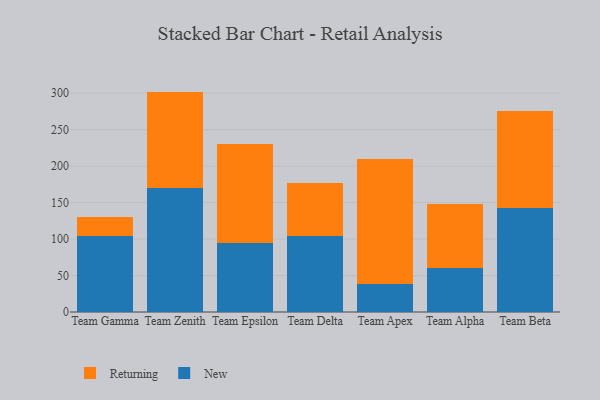
{"axis": {"x": "Team", "y": "Humidity (%)"}, "legend": ["New", "Returning"], "data": [{"x": "Team Gamma", "y": 104.4, "type": "New"}, {"x": "Team Gamma", "y": 25.7, "type": "Returning"}, {"x": "Team Zenith", "y": 169.4, "type": "New"}, {"x": "Team Zenith", "y": 132.7, "type": "Returning"}, {"x": "Team Epsilon", "y": 94.2, "type": "New"}, {"x": "Team Epsilon", "y": 135.4, "type": "Returning"}, {"x": "Team Delta", "y": 103.9, "type": "New"}, {"x": "Team Delta", "y": 73.0, "type": "Returning"}, {"x": "Team Apex", "y": 38.2, "type": "New"}, {"x": "Team Apex", "y": 170.9, "type": "Returning"}, {"x": "Team Alpha", "y": 60.8, "type": "New"}, {"x": "Team Alpha", "y": 87.1, "type": "Returning"}, {"x": "Team Beta", "y": 143.1, "type": "New"}, {"x": "Team Beta", "y": 132.5, "type": "Returning"}]}